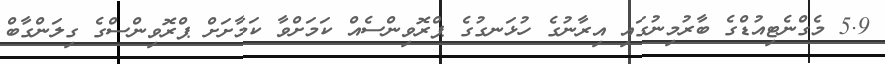
5.9 މެގްނެޓިއުޑްގެ ބާރުމިނުގައި އިރާނުގެ ހުޅަނގުގެ ޕްރޮވިންސެއް ކަމަށްވާ ކަމާށަށް ޕްރޮވިންސްގެ ގިލަންގާބް